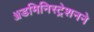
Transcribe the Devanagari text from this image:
ॲडमिनिस्ट्रेशनने